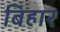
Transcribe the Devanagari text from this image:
बिहार